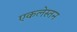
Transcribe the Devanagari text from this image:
एकलेस्तन